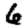
Digit: 6